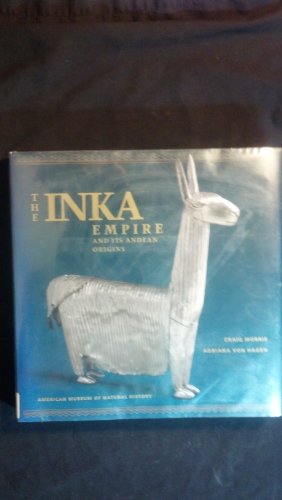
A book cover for The Inka Empire and Its Andean Origins; Craig Morris; History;